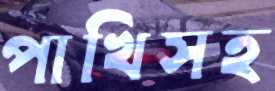
পাখিসহ